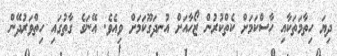
ދިޔަ ހިތާމަތަކާއި ހާސްކަމަށް ކެތްކުރުން ޒޯހާއަށް އުނދަގޫކަމަށް ވިއެވެ. އޭނަގެ ގާތުގައި ހިތްވަރުދޭން